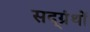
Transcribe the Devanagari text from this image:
सद्ग्रंथों